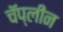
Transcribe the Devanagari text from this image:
चॅप्लीन